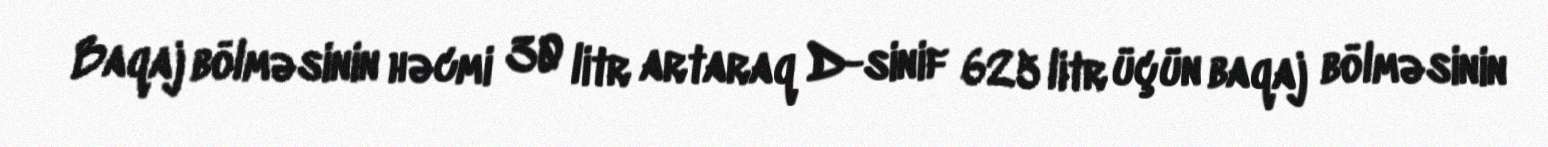
Baqaj bölməsinin həcmi 30 litr artaraq D-sinif 625 litr üçün baqaj bölməsinin